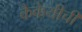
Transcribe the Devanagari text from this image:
कैकेयीची